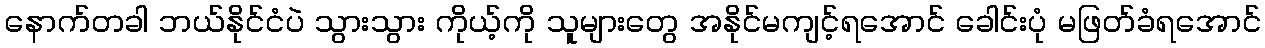
နောက်တခါ ဘယ်နိုင်ငံပဲ သွားသွား ကိုယ့်ကို သူများတွေ အနိုင်မကျင့်ရအောင် ခေါင်းပုံ မဖြတ်ခံရအောင်